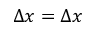
\Delta x = \Delta x